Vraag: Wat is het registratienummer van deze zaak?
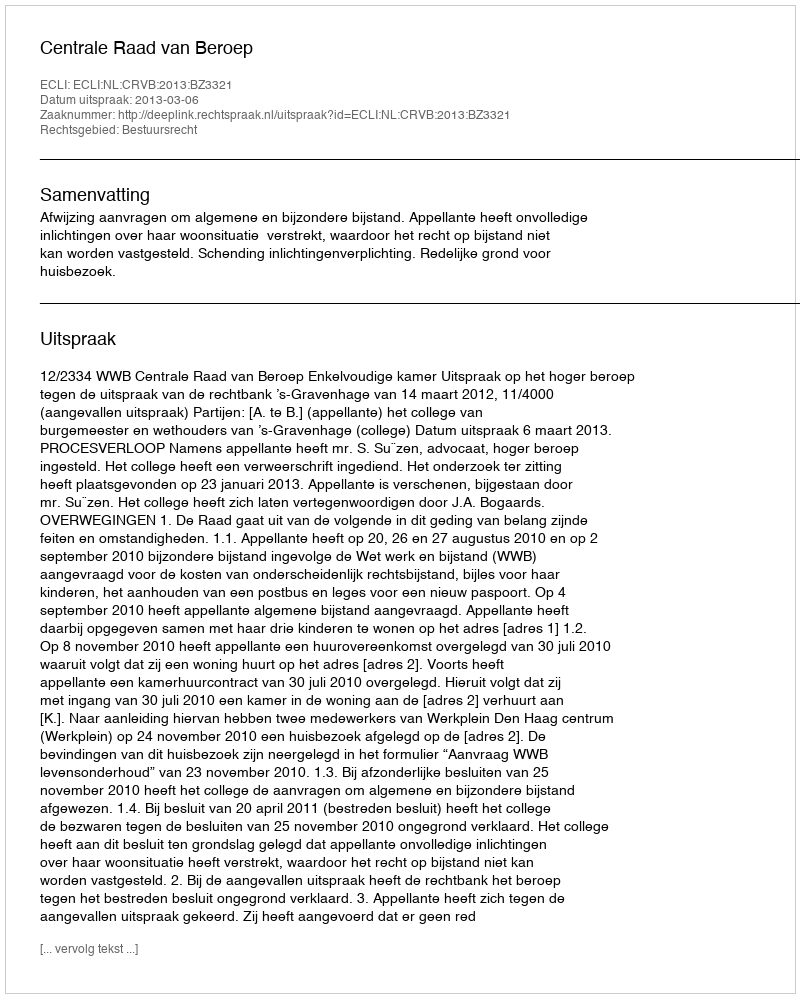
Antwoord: http://deeplink.rechtspraak.nl/uitspraak?id=ECLI:NL:CRVB:2013:BZ3321